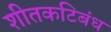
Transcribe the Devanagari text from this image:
शीतकटिबंध